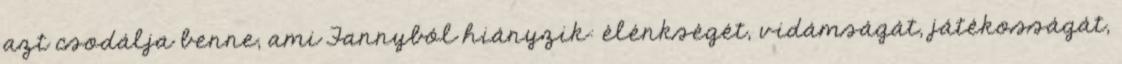
azt csodálja benne, ami Fannyból hiányzik: élénkségét, vidámságát, játékosságát,